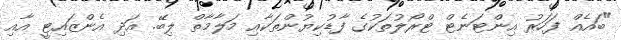
"ބައެއް ފަހަރު އިންޓަނެޓް ޓްރޯލުތަކުގެ ފާޑުކިޔުންތަކާއި މަލާމާތް ލިބޭ. އަދި އެންޒައިޓީ އާއި